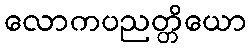
လောကပညတ္တိယော